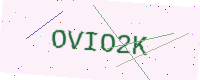
Text: OVIO2K